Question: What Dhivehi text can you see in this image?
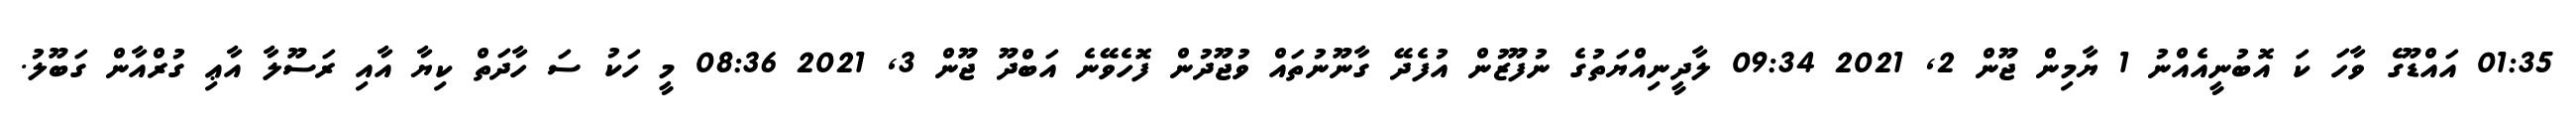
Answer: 01:35 އައްޑޫގެ ވާހަ ކަ އޮބުނީއެއްނު 1 ޔާމިން ޖޫން 2, 2021 09:34 ލާދީނިއްޔަތުގެ ނުފޫޒުން އުފެދޭ ގާނޫނުތައް ވުޖޫދުން ފޮހެވޭނެ އަބްދޫ ޖޫން 3, 2021 08:36 މީ ހަކު ސަ ހާދަތް ކިޔާ އާއި ރަސޫލާ އާޢި ގުރްއާން ގަބޫލު.